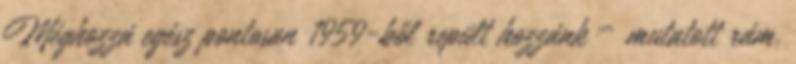
Méghozzá egész pontosan 1959-ből repült hozzánk – mutatott rám,